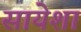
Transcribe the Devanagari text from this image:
सायेशा